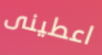
اعطينى